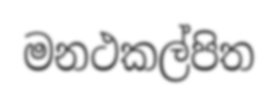
මනථකල්පිත